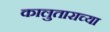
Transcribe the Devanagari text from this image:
कालुताराच्या